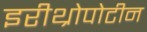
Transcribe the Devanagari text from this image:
इरीथ्रोपोटीन